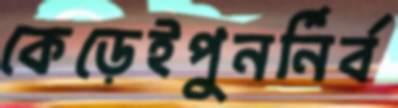
কেড়েইপুনর্নির্ব